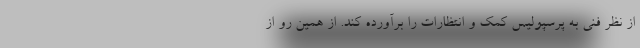
از نظر فنی به پرسپولیس کمک و انتظارات را برآورده کند. از همین رو از